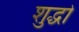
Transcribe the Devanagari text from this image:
शुद्धो